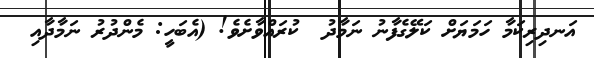
އަނދިރިކަމާ ހަމަޔަށް ކަލޭގެފާނު ނަމާދު  ކުރައްވާށެވެ! (އެބަހީ: މެންދުރު ނަމާދާއި